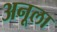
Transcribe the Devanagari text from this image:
अनूला